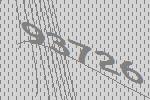
93726